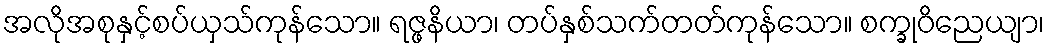
အလိုအစုနှင့်စပ်ယှသ်ကုန်သော။ ရဇ္ဖနိယာ၊ တပ်နှစ်သက်တတ်ကုန်သော။ စက္ခုဝိညေယျာ၊